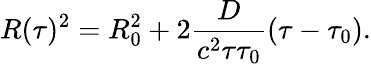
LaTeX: R(\tau)^{2}=R_{0}^{2}+2\frac{D}{{c^{2}}{\tau\tau_{0}}}(\tau-\tau_{0}).